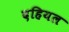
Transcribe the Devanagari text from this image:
दहियल